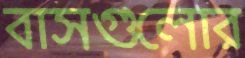
বাসগুলোর